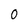
Character: 0